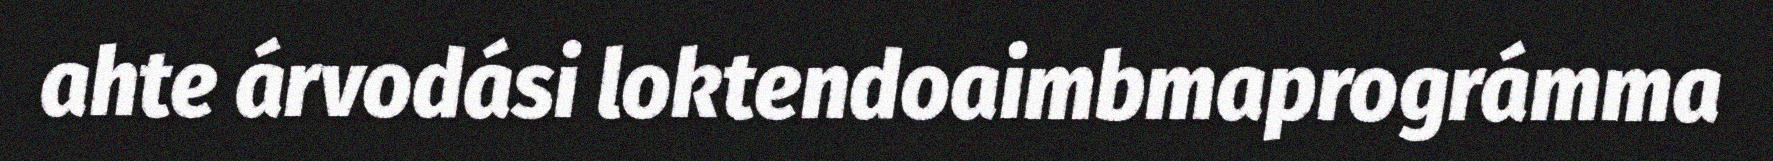
ahte árvodási loktendoaimbmaprográmma